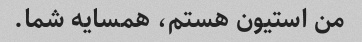
من استیون هستم، همسایه شما.